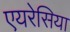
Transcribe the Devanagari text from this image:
एयरेसिया